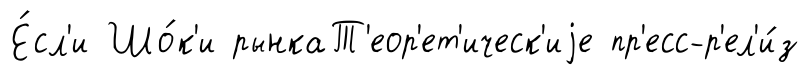
Е́сл'и Шо́к'и рынкаТ'еор'ет'ическ'иjе пр'есс-р'ел'и́з